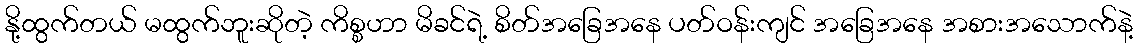
နို့ထွက်တယ် မထွက်ဘူးဆိုတဲ့ ကိစ္စဟာ မိခင်ရဲ့ စိတ်အခြေအနေ ပတ်ဝန်းကျင် အခြေအနေ အစားအသောက်နဲ့